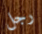
رجل